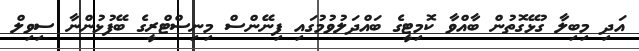
އަދި މިބިލާ ގުޅޭގޮތުން ބާއްވާ ކޮމިޓީގެ ބައްދަލުވުމުގައި ފިނޭންސް މިނިސްޓްރީގެ ބޭފުޅުންނާ ސިވިލް